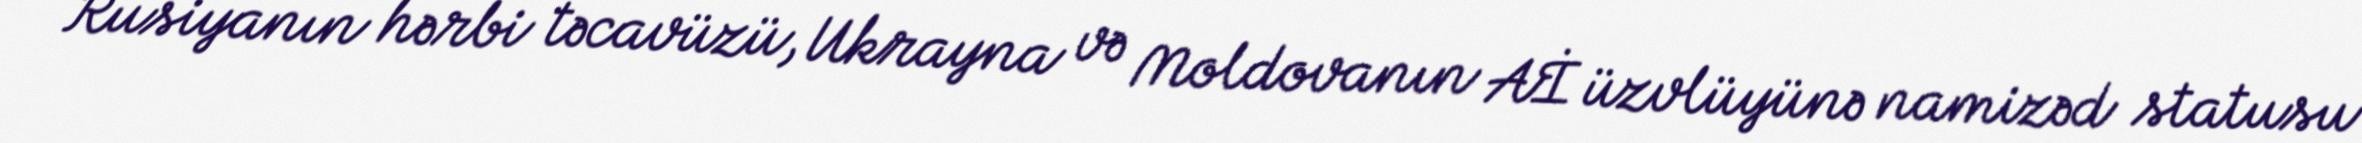
Rusiyanın hərbi təcavüzü, Ukrayna və Moldovanın Aİ üzvlüyünə namizəd statusu